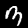
Digit: 3